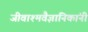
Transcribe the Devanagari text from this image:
जीवाश्मवैज्ञानिकांनी